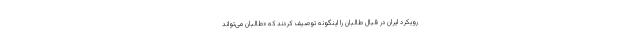
رویکرد ایران در قبال طالبان را اینگونه توصیف کردند که «طالبان می‌تواند